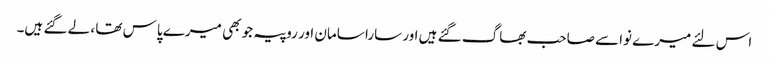
اس لئے میرے نواسے صاحب بھاگ گئے ہیں اور سارا سامان اور روپیہ جو بھی میرے پاس تھا ، لے گئے ہیں۔